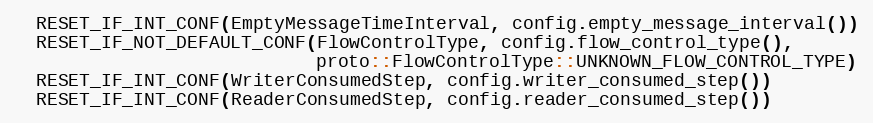
Language: C++
  RESET_IF_INT_CONF(EmptyMessageTimeInterval, config.empty_message_interval())
  RESET_IF_NOT_DEFAULT_CONF(FlowControlType, config.flow_control_type(),
                            proto::FlowControlType::UNKNOWN_FLOW_CONTROL_TYPE)
  RESET_IF_INT_CONF(WriterConsumedStep, config.writer_consumed_step())
  RESET_IF_INT_CONF(ReaderConsumedStep, config.reader_consumed_step())